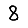
Digit: 8